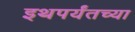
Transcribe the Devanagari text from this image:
इथपर्यंतच्या